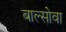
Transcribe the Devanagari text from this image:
बाल्सोवा